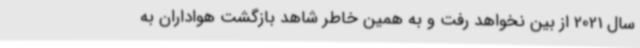
سال 2021 از بین نخواهد رفت و به همین خاطر شاهد بازگشت هواداران به